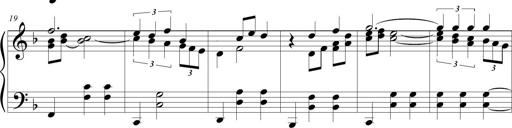
Title: Wallowing Wally
Composer: Michel Rondeau
Key: F major